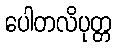
ပေါတလိပုတ္တ